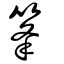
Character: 𥭗